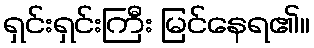
ရှင်းရှင်းကြီး မြင်နေရ၏။